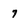
Character: 7